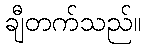
ချီတက်သည်။